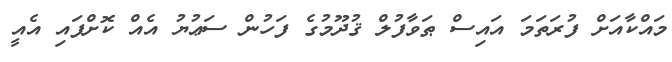
މައްކާއަށް ފުރަތަމަ އައިސް ޠަވާފުލް ޤުދޫމުގެ ފަހުން ސަޢުޔު އެއް ކޮށްފައި އެއީ